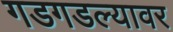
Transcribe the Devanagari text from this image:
गडगडल्यावर